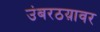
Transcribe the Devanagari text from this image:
उंबरठय़ावर